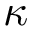
\kappa